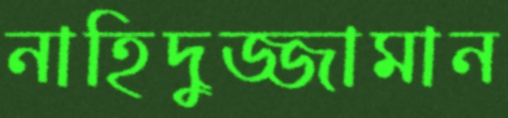
নাহিদুজ্জামান